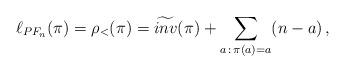
LaTeX: \begin{align*}\ell_{PF_n}(\pi)=\rho_<(\pi)=\widetilde{inv}(\pi)+\sum_{a\,:\,\pi(a)=a}(n-a)\,,\end{align*}